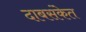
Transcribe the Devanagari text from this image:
दाबसंकेत